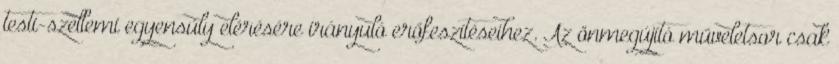
testi-szellemi egyensúly elérésére irányuló erőfeszítéseihez. Az önmegújító műveletsor csak